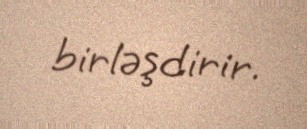
birləşdirir.